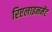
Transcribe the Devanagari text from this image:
रिएलाइनमेंट